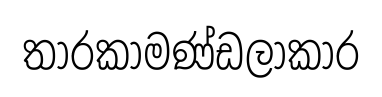
තාරකාමණ්ඩලාකාර